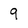
Character: 9